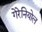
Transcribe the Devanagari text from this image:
गेरेनियोल